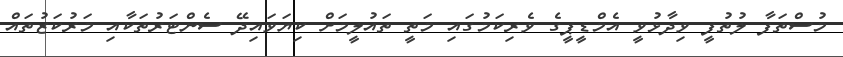
މުސްތަފާ ލުތުފީ ވިދާޅުވީ އެމްޑީޕީގެ ވެރިކަމުގައި މަތީ ތައުލީމަށް ކިޔަވައިދޭ ސެންޓަރުތަކާއި މަރުކަޒުތައް